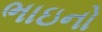
ભાઇનો